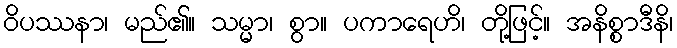
ဝိပဿနာ၊ မည်၏။ သမ္မာ၊ စွာ။ ပကာရေဟိ၊ တို့ဖြင့်။ အနိစ္စာဒီနိ၊